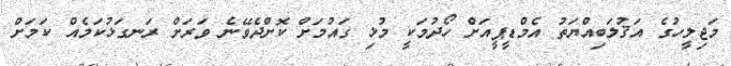
މަޖިލީހުގެ އަޤުލަބިއްޔަތު އެމްޑީޕީއަށް ހޯދުމަކީ މުޅި ގައުމަށް ކޮށްދެވޭނެ ވަރަށް ރަނގަޅުކަމެއް ކަމަށް